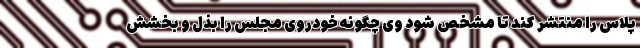
پلاس را منتشر کند تا مشخص شود وی چگونه خودروی مجلس را بذل و بخشش